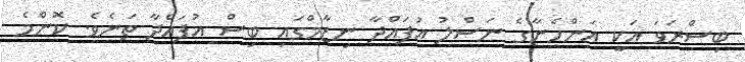
ބިސްރަވަ އަކީ އަންހެނާގެ ނަސްލު އުފައްދާ ނިޒާމްގައި ބިސް އުފައްދާ ތަނެވެ. ކޮންމެ